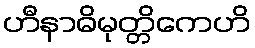
ဟီနာဓိမုတ္တိကေဟိ